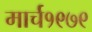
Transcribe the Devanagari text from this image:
मार्च१९७९